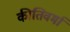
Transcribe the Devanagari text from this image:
कीतिवर्मा